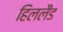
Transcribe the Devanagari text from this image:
हिललैंड